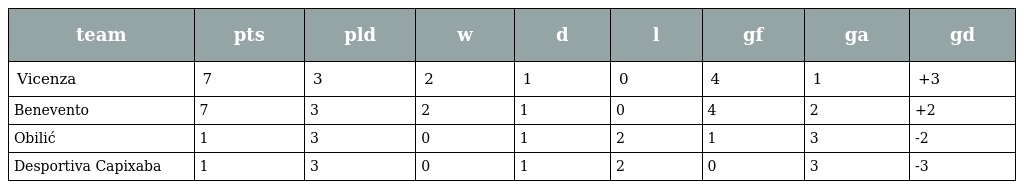
| team | pts | pld | w | d | l | gf | ga | gd |
 | --- | --- | --- | --- | --- | --- | --- | --- | --- |
 | Vicenza | 7 | 3 | 2 | 1 | 0 | 4 | 1 | +3 |
 | Benevento | 7 | 3 | 2 | 1 | 0 | 4 | 2 | +2 |
 | Obilić | 1 | 3 | 0 | 1 | 2 | 1 | 3 | -2 |
 | Desportiva Capixaba | 1 | 3 | 0 | 1 | 2 | 0 | 3 | -3 |